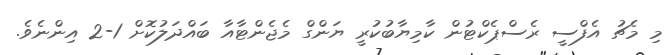
މި މެޗު އެފްސީ ރެސްޕެކްޓުން ކާމިޔާބުކުރީ ޔަންގް މެޖެންޓާއާ ބައްދަލުކޮށް 1-2 އިންނެވެ.